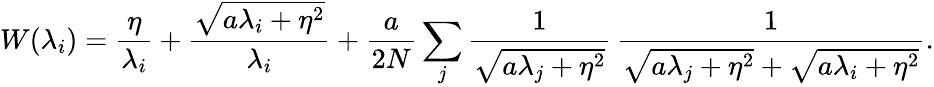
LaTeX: W(\lambda_{i})=\frac{\eta}{\lambda_{i}}+\frac{\sqrt{a\lambda_{i}+\eta^{2}}}{\lambda_{i}}+\frac{a}{2N}\sum_{j}\frac{1}{\sqrt{a\lambda_{j}+\eta^{2}}}\, \frac{1}{\sqrt{a\lambda_{j}+\eta^{2}}+\sqrt{\vphantom{\lambda_{j}}a\lambda_{i}+\eta^{2}}}.